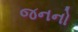
જનનો